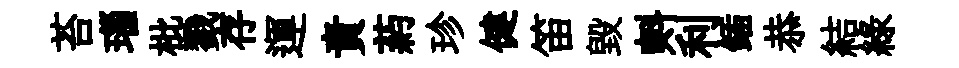
苔瑙枇戮存運責葯珍健笛毁㪺利鍤恭結綠